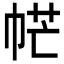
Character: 𢂾